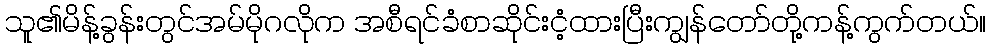
သူ၏မိန့်ခွန်းတွင်အမ်မိုဂလိုက အစီရင်ခံစာဆိုင်းငံ့ထားပြီးကျွန်တော်တို့ကန့်ကွက်တယ်။